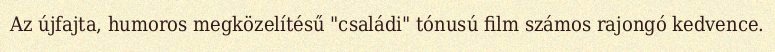
Az újfajta, humoros megközelítésű "családi" tónusú film számos rajongó kedvence.